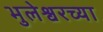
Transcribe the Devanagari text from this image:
भुलेश्वरच्या